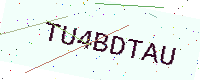
Text: TU4BDTAU